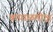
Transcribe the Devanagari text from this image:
कपाळमोक्ष